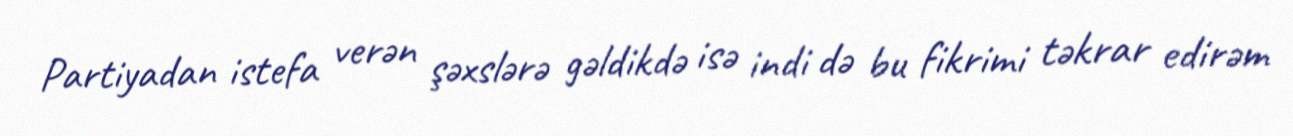
Partiyadan istefa verən şəxslərə gəldikdə isə indi də bu fikrimi təkrar edirəm